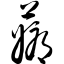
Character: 薅